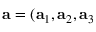
\mathbf { a } = ( \mathbf { a } _ { 1 } , \mathbf { a } _ { 2 } , \mathbf { a } _ { 3 }